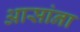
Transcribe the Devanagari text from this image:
आसांना